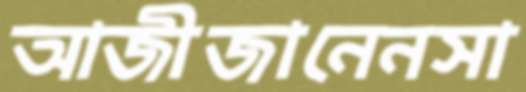
আজীজানেনসা